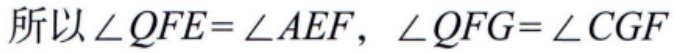
所以\(\angle QFE = \angle AEF,\ \angle QFG=\angle CGF\)